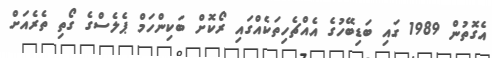
އެގޮތުން 1989 ގައި ބަޑިބޭހުގެ އެއްޗެހިތަކެއްގައި ރޯކޮށް ބަކިންހަމް ޕެލެސްގެ ގޯތި ތެރެއަށް